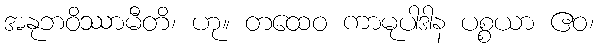
အနုဘဝိဿာမီတိ၊ ဟု။ တထေဝ ကာမုပါဒါန ပစ္စယာ ဧဝ၊